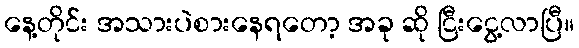
နေ့တိုင်း အသားပဲစားနေရတော့ အခု ဆို ငြီးငွေ့လာပြီ။